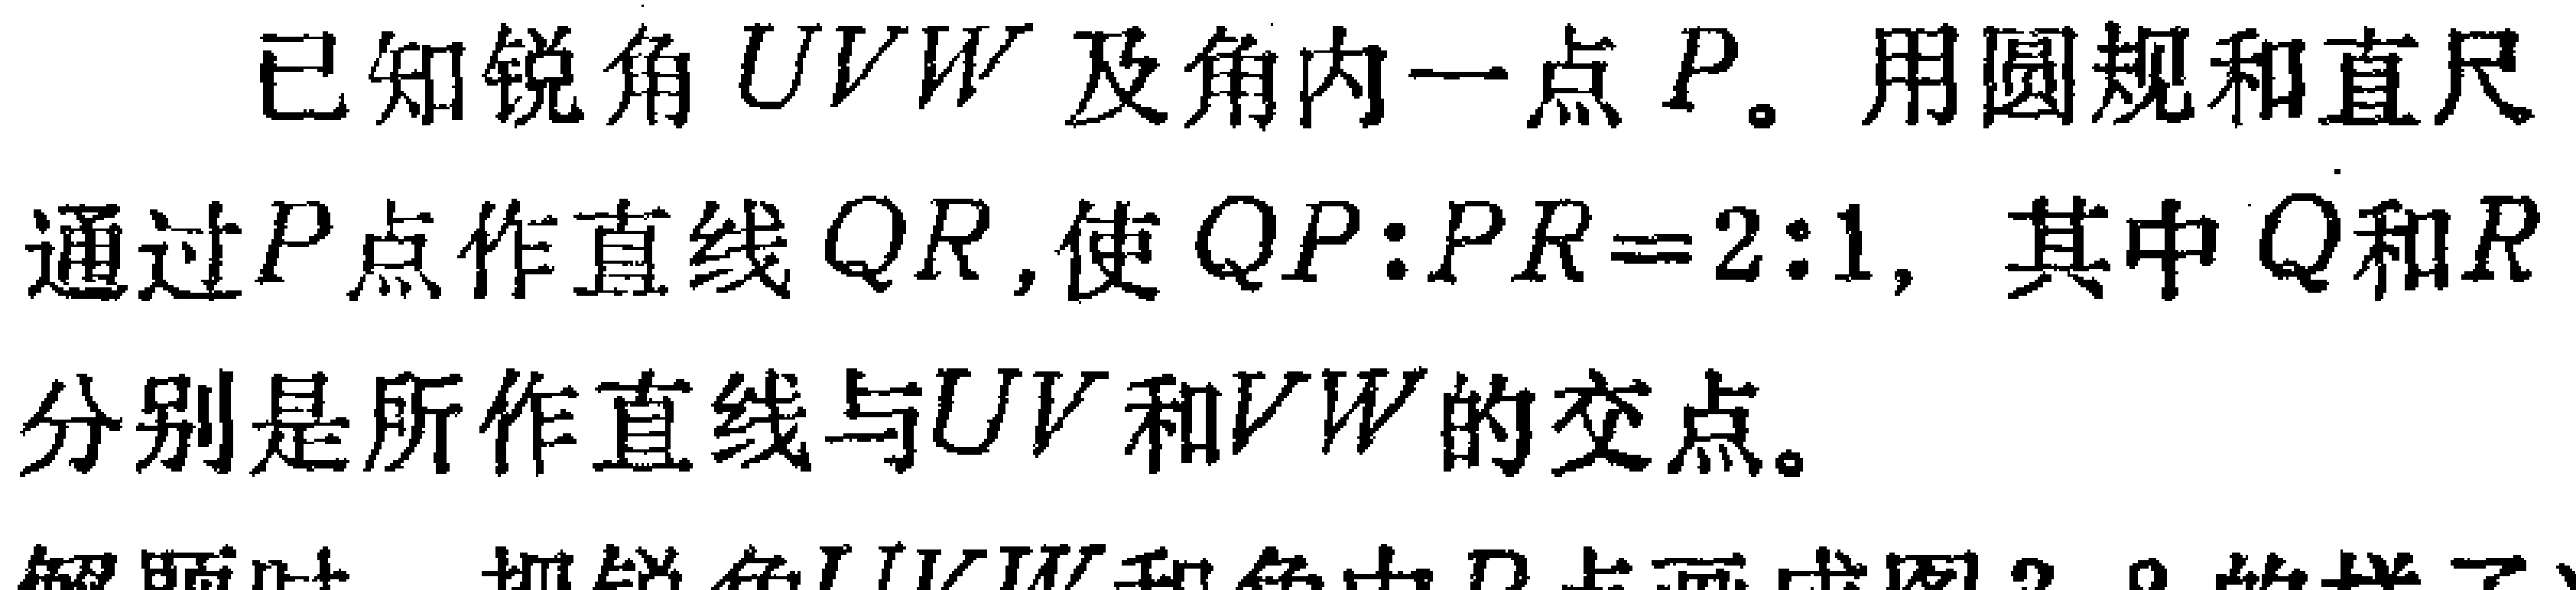
已知锐角 \(UVW\) 及角内一点 \(P\)。用圆规和直尺通过 \(P\) 点作直线 \(QR\)，使 \(QP:PR = 2:1\)，其中 \(Q\) 和 \(R\) 分别是所作直线与 \(UV\) 和 \(VW\) 的交点。

解题时，把锐角 \(UVW\) 和角中 \(P\) 点画成图 2.9 的样子。